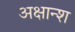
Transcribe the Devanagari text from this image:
अक्षान्श